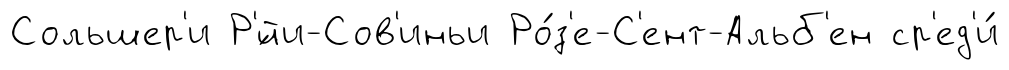
Сольшер'и Р'́йи-Сов'иньи Ро́з'е-С'ент-Альб'ен ср'ед'и́